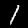
Label: 1